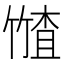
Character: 𮅤